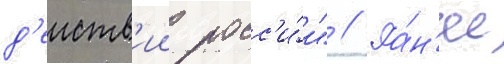
д'еиств'ии росс'и́и" // Ра́н'ее